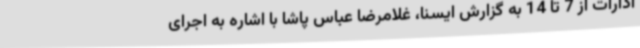
ادارات از 7 تا 14 به گزارش ایسنا، غلامرضا عباس پاشا با اشاره به اجرای